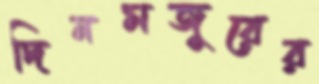
দিনমজুরের